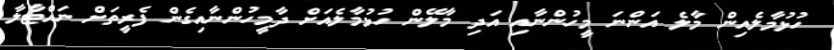
ހުޅުމާލެއިން މާލެ އަންނަ މީހުންނާއި އަދި މާލޭން ހުޅުމާލެއަށް ދާމީހުންނާއިގެން ފެރީތަށް ނައްޓާލާ